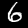
Digit: 6